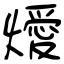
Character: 燰